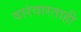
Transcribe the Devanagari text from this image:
वारंवारताही